Sanitation, dispensaries and jails vaccination Rajputana 1922-1927 - 1922-1927
Year: 1922
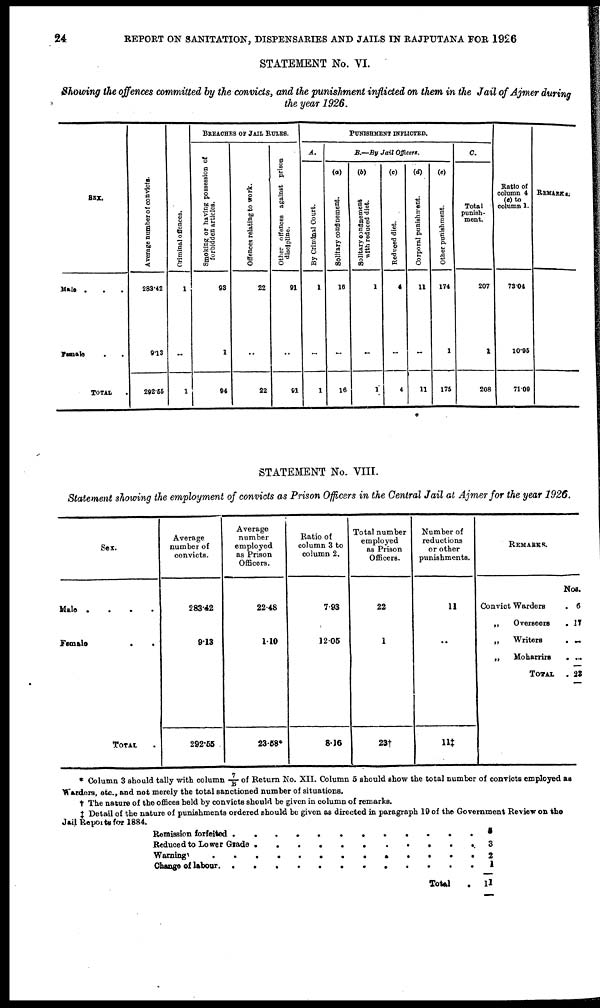
24
REPORT ON SANITATION, DISPENSARIES AND JAILS IN RAJPUTANA FOR 1926
STATEMENT No. VI.
Showing the offences committed by the convicts, and the punishment inflicted on them in the Jail of Ajmer during
the year 1926.
SEX.
Male . . . .
Female . . . .
TOTAL
Average number of convicts.
283.42
9.13
292.55
Criminal offences.
1
..
1
BREACHES OF JAIL RULES.
Smoking or having possession of
for bidden articles.
93
1
94
Offences relating to work.
22
..
22
Other offences against prison
discipline.
91
..
91
PUNISHMENT INFLICTED.
A.
By Criminal Court.
1
..
1
B.—By Jail Officers.
(a)
Solitary confinement.
16
..
16
(b)
Solitary confinement
with reduced diet.
1
..
1
(c)
Reduced diet.
4
..
4
(d)
Corporal punishment.
11
..
11
(e)
Other punishment.
174
1
175
C.
Total
punish-
ment.
207
1
208
Ratio of
column 4
(e) to
column 1.
73.04
10.95
71.09
REMARKS.
STATEMENT No. VIII.
Statement showing the employment of convicts as Prison Officers in the Central Jail at Ajmer for the year 1926
Sex.
Male
.
.
.
.
Female . .
TOTAL .
Average
number of
convicts.
283.42
9.13
292.55
Average
number
employed
as Prison
Officers.
22.48
1.10
23.58*
Ratio of
column 3 to
column 2.
7.93
12.05
8.16
Total number
employed
as Prison
Officers.
22
1
23†
Number of
reductions
or other
punishments.
11
..
11‡
RMEARKS.
Convict Warden .
„
Overseers .
„
Writers .
„
Moharrirs .
TOTAL .
Nos.
6
17
..
..
23
* Column 3 should tally with column 7/B of Return No. XII. Column 6 should show the total number of convicts employed as
Warders, etc., and not merely the total sanctioned number of situations.
† The nature of the offices held by convicts should be given in column of remarks.
‡ Detail of the nature of punishments ordered should be given as directed in paragraph 19 of the Government Review on the
Jail Reports for 1884.
Remission foreited . . . . .
Reduced to Lower Grade . . . .
Warning . . . . . .
Change of labour . . . . . .
Total .
5
3
2
1
11